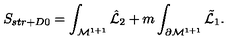
S _ { s t r + D 0 } = \int _ { { \cal M } ^ { 1 + 1 } } { \hat { \cal L } } _ { 2 } + m \int _ { \partial { \cal M } ^ { 1 + 1 } } { \tilde { \cal L } } _ { 1 } .